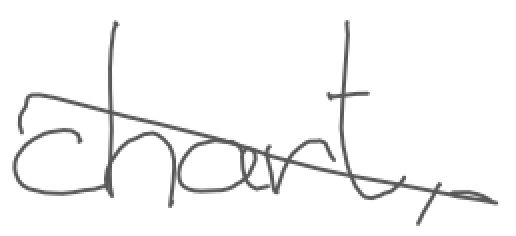
Text: chart,
Cross-out: diagonal
Writing tool: digital_gray